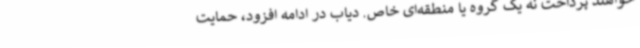
خواهند پرداخت نه یک گروه یا منطقه‌ای خاص. ‌دیاب در ادامه افزود، حمایت